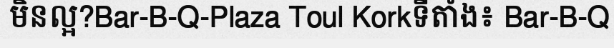
មិនល្អ?Bar-B-Q-Plaza Toul Korkទីតាំង៖ Bar-B-Q